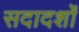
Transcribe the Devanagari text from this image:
सदादर्शों